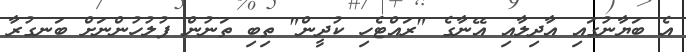
އެ ބަޔާނުގައި އާދިލާއި އޭނާގެ "ރައްޓެހި ކުދީން" ތިބި ތަނުން ފުލުހުންނަށް ބަނގުރާ